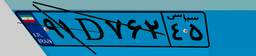
۹۱D۷۶۲۴۵